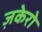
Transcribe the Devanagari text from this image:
ज़केरो